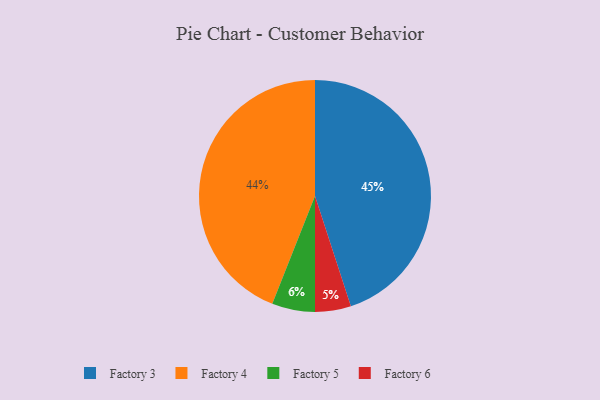
{"axis": {"x": "Category", "y": "Percentage"}, "legend": ["Factory 3", "Factory 4", "Factory 5", "Factory 6"], "data": [{"x": "Factory 6", "y": 5, "type": "Factory 6"}, {"x": "Factory 4", "y": 44, "type": "Factory 4"}, {"x": "Factory 3", "y": 45, "type": "Factory 3"}, {"x": "Factory 5", "y": 6, "type": "Factory 5"}]}